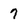
Character: 7